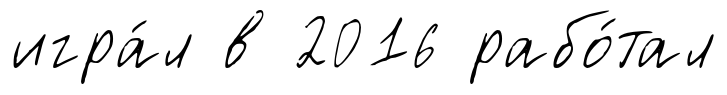
игра́л в 2016 рабо́тал